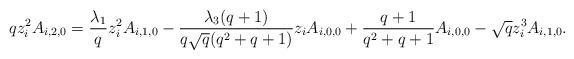
LaTeX: \begin{align*}qz_i^2A_{i,2,0}=\frac{\lambda_1}{q}z_i^2A_{i,1,0}-\frac{\lambda_3(q+1)}{q\sqrt{q}(q^2+q+1)}z_iA_{i,0,0}+\frac{q+1}{q^2+q+1}A_{i,0,0}-\sqrt{q}z_i^3A_{i,1,0}.\end{align*}